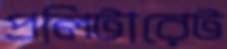
প্রলিটারেট